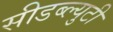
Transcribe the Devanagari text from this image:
सीडब्ल्युटी